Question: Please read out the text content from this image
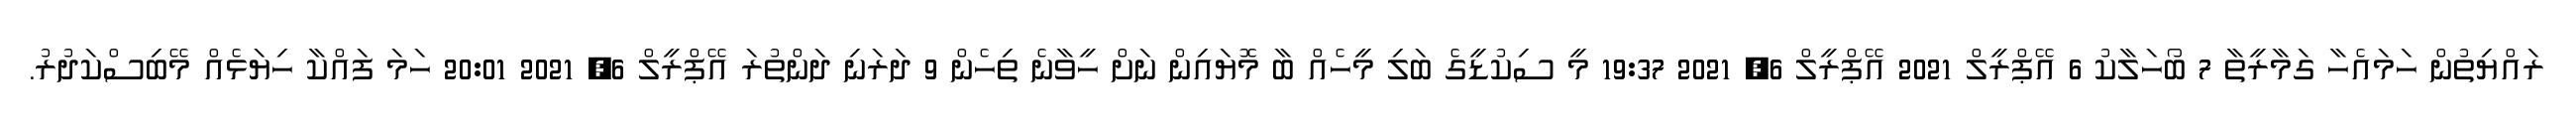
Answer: ރައްޔިތުން ހަމައެހާ ގަމާރީތާ 7 ބޯހަލާކު 6 އޭޕްރީލް 2021 އޭޕްރީލް 6, 2021 19:37 މީ ސިކުޑީގެ ބަލި މީހެއް ބާ މޮޔައިން ނަށް ހީވާނެ ތިހެން 9 ދަރަނި ދަންތުރަ އޭޕްރީލް 6, 2021 20:01 ހަމަ ފައްކާ ހިޔަޅެއް މޭބިސްކަދުރު.